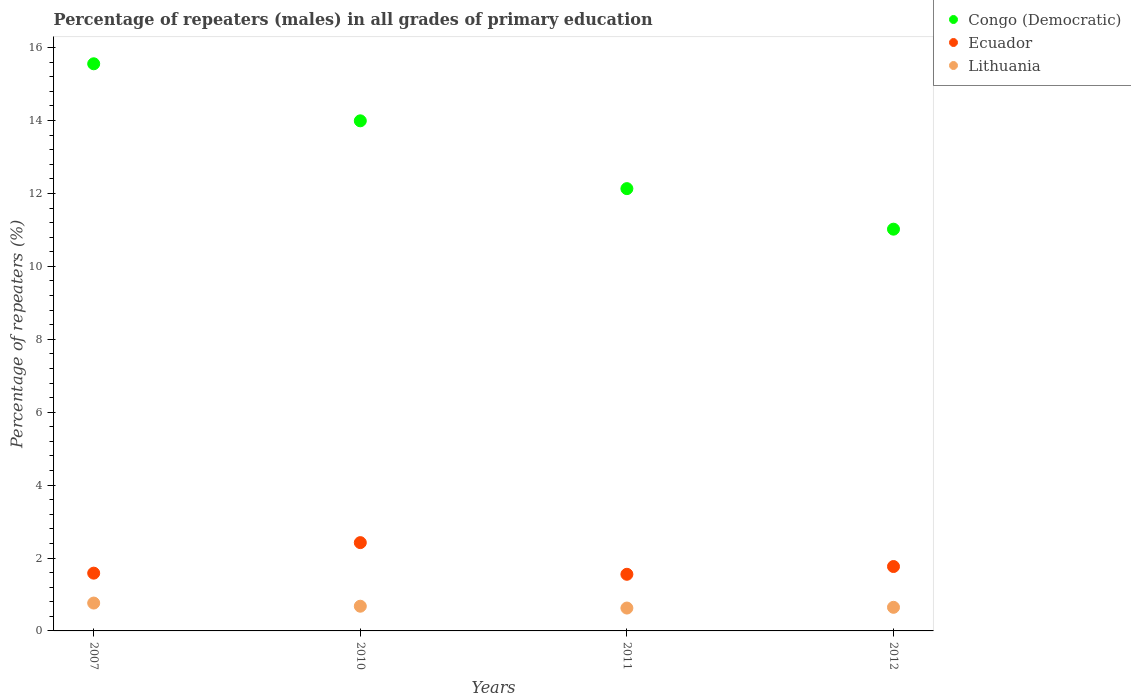
| Years | Congo (Democratic) | Ecuador | Lithuania |
 | --- | --- | --- | --- |
 | 2007 | 15.6 | 1.58 | 0.764 |
 | 2010 | 14 | 2.42 | 0.678 |
 | 2011 | 12.1 | 1.55 | 0.627 |
 | 2012 | 11 | 1.77 | 0.648 |